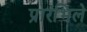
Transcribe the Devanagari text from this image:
प्रारंभिले